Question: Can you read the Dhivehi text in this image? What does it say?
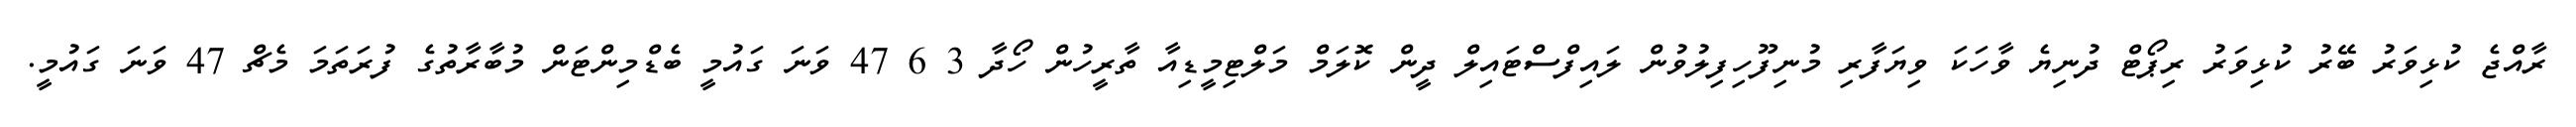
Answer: ރާއްޖެ ކުޅިވަރު ބޭރު ކުޅިވަރު ރިޕޯޓް ދުނިޔެ ވާހަކަ ވިޔަފާރި މުނިފޫހިފިލުވުން ލައިފްސްޓައިލް ދީން ކޮލަމް މަލްޓިމީޑިއާ ތާރީހުން ހޯދާ 3 6 47 ވަނަ ގައުމީ ބެޑްމިންޓަން މުބާރާތުގެ ފުރަތަމަ މެޗް 47 ވަނަ ގައުމީ.